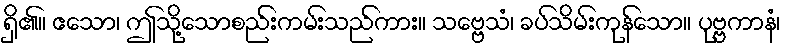
ရှိ၏။ ဧသော၊ ဤသို့သောစည်းကမ်းသည်ကား။ သဗ္ဗေသံ၊ ခပ်သိမ်းကုန်သော။ ပုဗ္ဗကာနံ၊